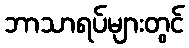
ဘာသာရပ်များတွင်